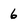
Character: 6